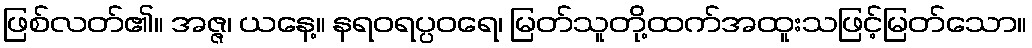
ဖြစ်လတ်၏။ အဇ္ဇ၊ ယနေ့။ နရဝရပ္ပဝရေ၊ မြတ်သူတို့ထက်အထူးသဖြင့်မြတ်သော။